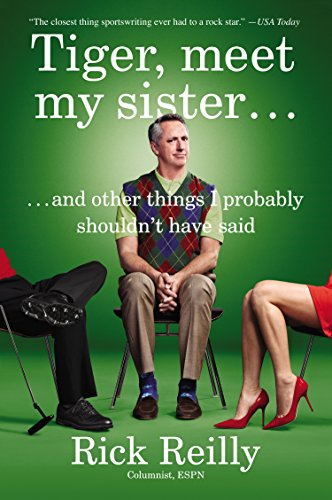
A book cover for Tiger, Meet My Sister: And Other Things I Probably Shouldn't Have Said; Rick Reilly; Humor & Entertainment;